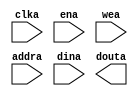
`timescale 1ns / 1ps


module blk_mem_gen_0(clka, ena, wea, addra, dina, douta);
/* synthesis syn_black_box black_box_pad_pin="clka,ena,wea[0:0],addra[15:0],dina[15:0],douta[15:0]" */
  input clka;
  input ena;
  input [0:0]wea;
  input [15:0]addra;
  input [15:0]dina;
  output [15:0]douta;
endmodule